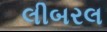
લીબરલ